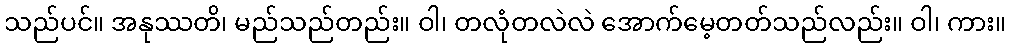
သည်ပင်။ အနုဿတိ၊ မည်သည်တည်း။ ဝါ၊ တလုံတလဲလဲ အောက်မေ့တတ်သည်လည်း။ ဝါ၊ ကား။